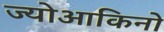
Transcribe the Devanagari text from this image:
ज्योआकिनो